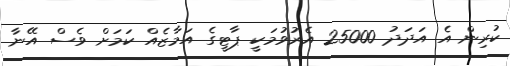
ކުރިން އެ އަދަދު 25000 އެރުވުމަކީ ޕާޓީގެ އަމާޒެއް ކަމަށް ވެސް އޭނާ